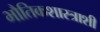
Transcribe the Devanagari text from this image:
भौतिकशास्त्राशी